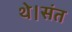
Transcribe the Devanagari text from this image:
थे।संत